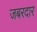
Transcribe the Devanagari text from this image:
जबरदार